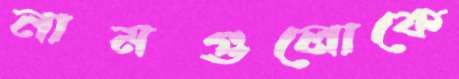
নামগুলোকে